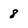
Character: 8